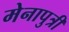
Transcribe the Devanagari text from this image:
मेनापुत्री